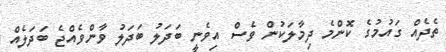
ތެދެއް ގައުމުގެ ކޮންމެ ދިމާލަކުން ވެސް އިވެނީ ބަދަލު ބަދަލު ވާންވެއްޖެ ބަދަލެއް